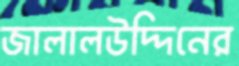
জালালউদ্দিনের